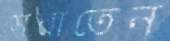
সরাতেন